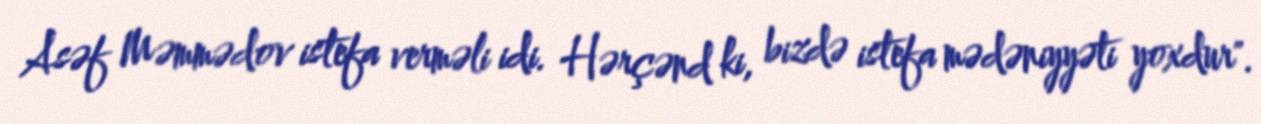
Asəf Məmmədov istefa verməli idi. Hərçənd ki, bizdə istefa mədəniyyəti yoxdur".